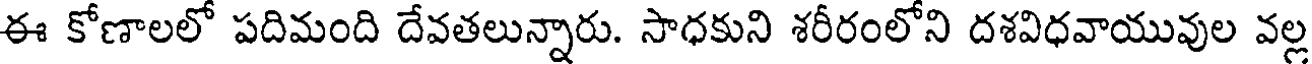
ఈ కోణాలలో పదిమంది దేవతలున్నారు. సాధకుని శరీరంలోని దశవిధవాయువుల వల్ల